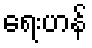
ရေးဟန်